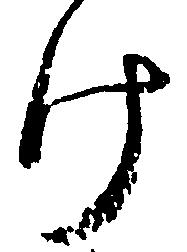
け